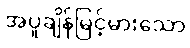
အပူချိန်မြင့်မားသော